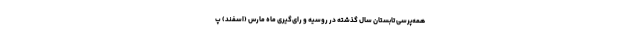
همه‌پرسی تابستان سال گذشته در روسیه و رای‌گیری ماه مارس (اسفند) پ